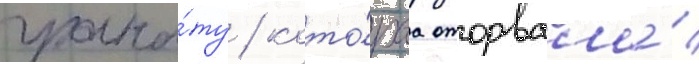
грана́ту / кото́раа оторвала́